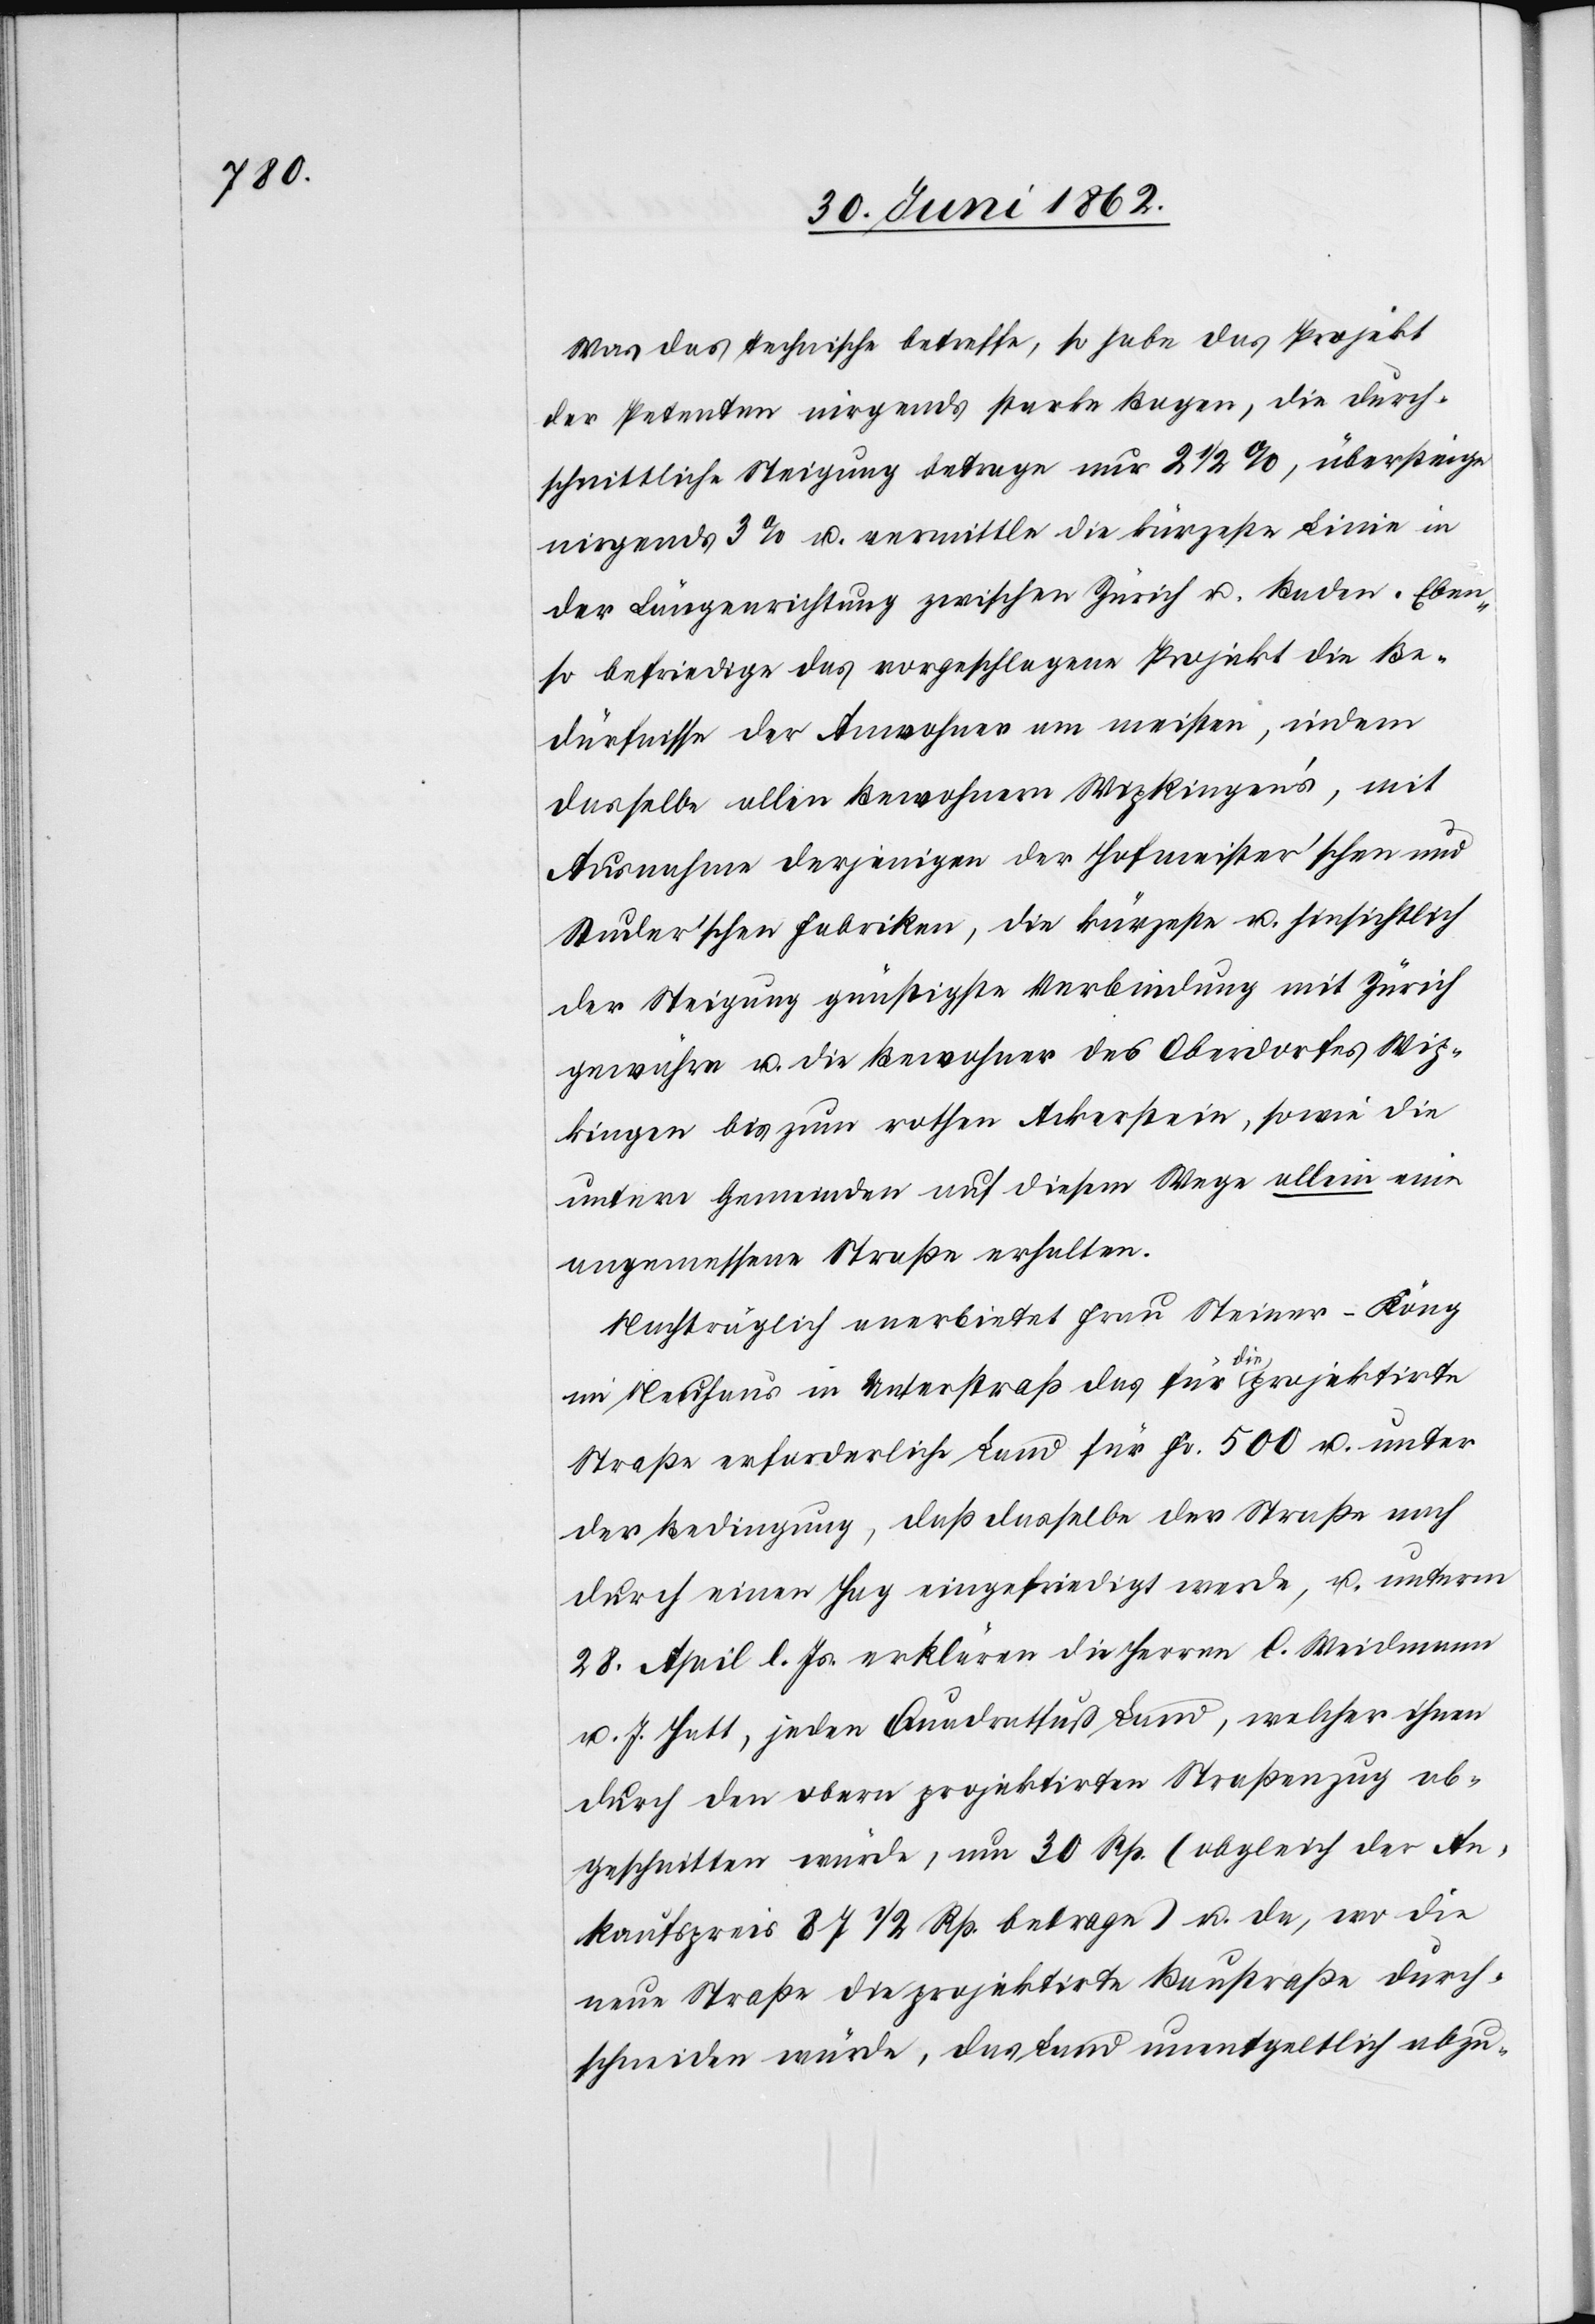
Was das technische betreffe, so habe das Projekt
der Petenten nirgends starke Bogen, die durch¬
schnittliche Steigung betrage nur 2 1/2%, übersteige
nirgends 3% u. vermittle die kürzeste Linie in
der Längenrichtung zwischen Zürich u. Baden. Eben¬
so befriedige das vorgeschlagene Projekt die Be¬
dürfnisse der Anwohner am meisten, indem
dasselbe allen Bewohnern Wipkingen’s, mit
Ausnahme derjenigen der Hofmeister’schen und
Studer’schen Fabriken, die kürzeste u. hinsichtlich
der Steigung ge[m]äßigste Verbindung mit Zürich
gewähre u. die Bewohner des Oberdorfes Wip¬
kingen bis zum rothen Ackerstein, sowie die
untern Gemeinden auf diesem Wege allein eine
angemessene Straße erhalten.
Nachträglich anerbietet Frau Steiner-Köng
im Neuhaus in Unterstraß das für die projektirte
Straße erforderliche Land für Fr. 500 u. unter
der Bedingung, daß dasselbe der Straße nach
durch einen Hag eingefriedigt werde, u. unterm
28. April l.Js. erklären die Herren C. Weidmann
u. J. Hatt, jeden Quadratfuß Land, welcher ihnen
durch den oben projektirten Straßenzug ab¬
geschnitten würde, um 30 Rp. (obgleich der An¬
kaufspreis 87 1/2 Rp. betrage) u. da, wo die
neue Straße die projektirte Baustraße durch¬
schneiden würde, das Land unentgeltlich abzu-